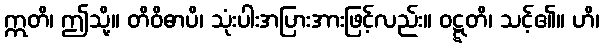
ဣတိ၊ ဤသို့။ တိဝိဓာပိ၊ သုံးပါးအပြားအားဖြင့်လည်း။ ဝဋ္ဋတိ၊ သင့်၏။ ဟိ၊